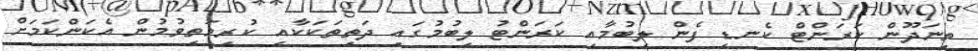
ތިނަދޫން ކަރަންޓް ކެނޑި ފެން ލިބުމާއި ކަރަންޓު ލިބުމުގައި ދަތިތަކަކާއި ކުރިމަތިވުމުން އެކަންކަމަށް